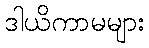
ဒါယိကာမများ